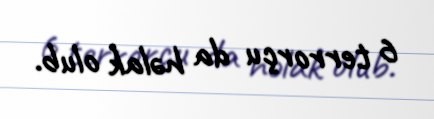
6 terrorçu da həlak olub.